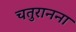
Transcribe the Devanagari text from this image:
चतुरानना